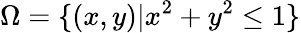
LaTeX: \Omega=\{ (x,y)|x^{2}+y^{2}\leq 1\}